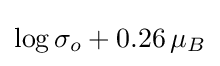
\log \sigma _{o}+0.26\,\mu _{B}